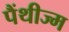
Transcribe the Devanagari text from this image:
पैंथीज्म